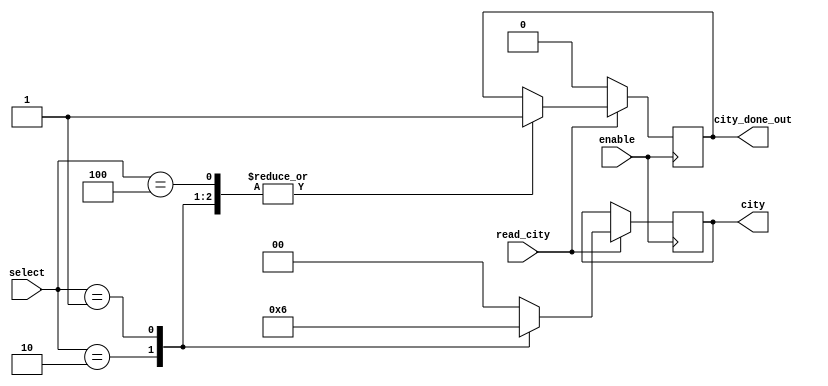
module city_select(input read_city, input enable, input [2:0]select, output reg [1:0]city, output city_done_out);
//at the very beginning of the program, the user can choose one from
//the three following locations: NYC Downtown, Toronto Downtown, Missisauga


//NEED TO HAVE A CONFIRMATION FEATURE WHILE CHOOSING LOCATION
//INCLUDE ONE MORE KEY AS A CONDITION TO PROCEED IN FSM IMPLEMENTATION

//SHOULD USE LEDR TO INDICATE CURRENT CITY SELECTION
reg city_done = 1'b0;
	always @ (negedge enable) begin
	if (read_city) begin
		case(select[2:0])
		 3'b100: begin city = 2'b00; //case0, NYC Downtown
							city_done = 1'b1;
					end
		 3'b010: begin city = 2'b01; //case1, Toronto Downtown
							city_done = 1'b1;
					end
		 3'b001: begin city = 2'b10; //case2, Waterloo
							city_done = 1'b1;
					end
		 default: city = 2'b00;
		endcase
	end
	else 
	    city_done = 1'b0;
	end
assign city_done_out = city_done;
endmodule

module spot_select(input [8:0]select, output reg [3:0]spot);

	always @ (*) begin
		case(select[8:0])
		 9'b000000001: spot = 4'b0000;
		 9'b000000010: spot = 4'b0001; 
		 9'b000000100: spot = 4'b0010;
		 9'b000001000: spot = 4'b0011;  
		 9'b000010000: spot = 4'b0100; 
		 9'b000100000: spot = 4'b0101; 
		 9'b001000000: spot = 4'b0110; 
		 9'b010000000: spot = 4'b0111; 
		 9'b100000000: spot = 4'b1000; 
		 
		 
//		 default: spot = 4'b0000;
		endcase
	end
endmodule